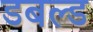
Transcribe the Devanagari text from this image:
डबल्ड